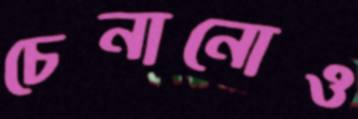
চেনানোও